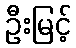
ဦးမြင့်